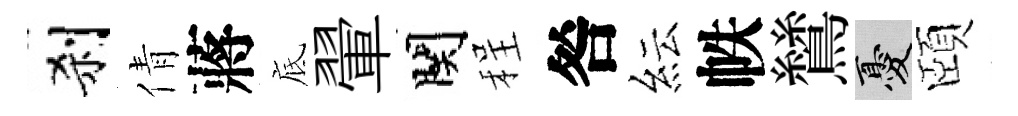
刹倩蔣底翬関程咎紜帙鷥憂頤